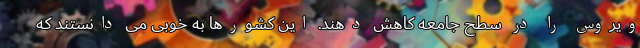
ویروس را در سطح جامعه کاهش دهند. این کشورها به خوبی می دانستند که